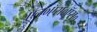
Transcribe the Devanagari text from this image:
ऍन०ऍस०ऍस०